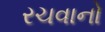
રચવાનો